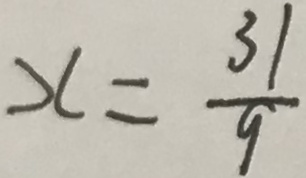
x = \frac { 3 1 } { 9 }